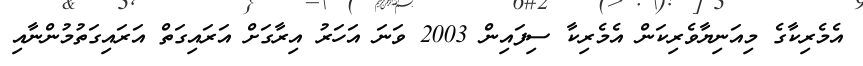
އެމެރިކާގެ މިއަނިޔާވެރިކަން އެމެރިކާ ސިފައިން 2003 ވަނަ އަހަރު އިރާގަށް އަރައިގަތް އަރައިގަތުމުންނާއި